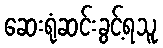
ဆေးရုံဆင်းခွင့်ရသူ